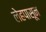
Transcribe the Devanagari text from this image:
लेहपासून